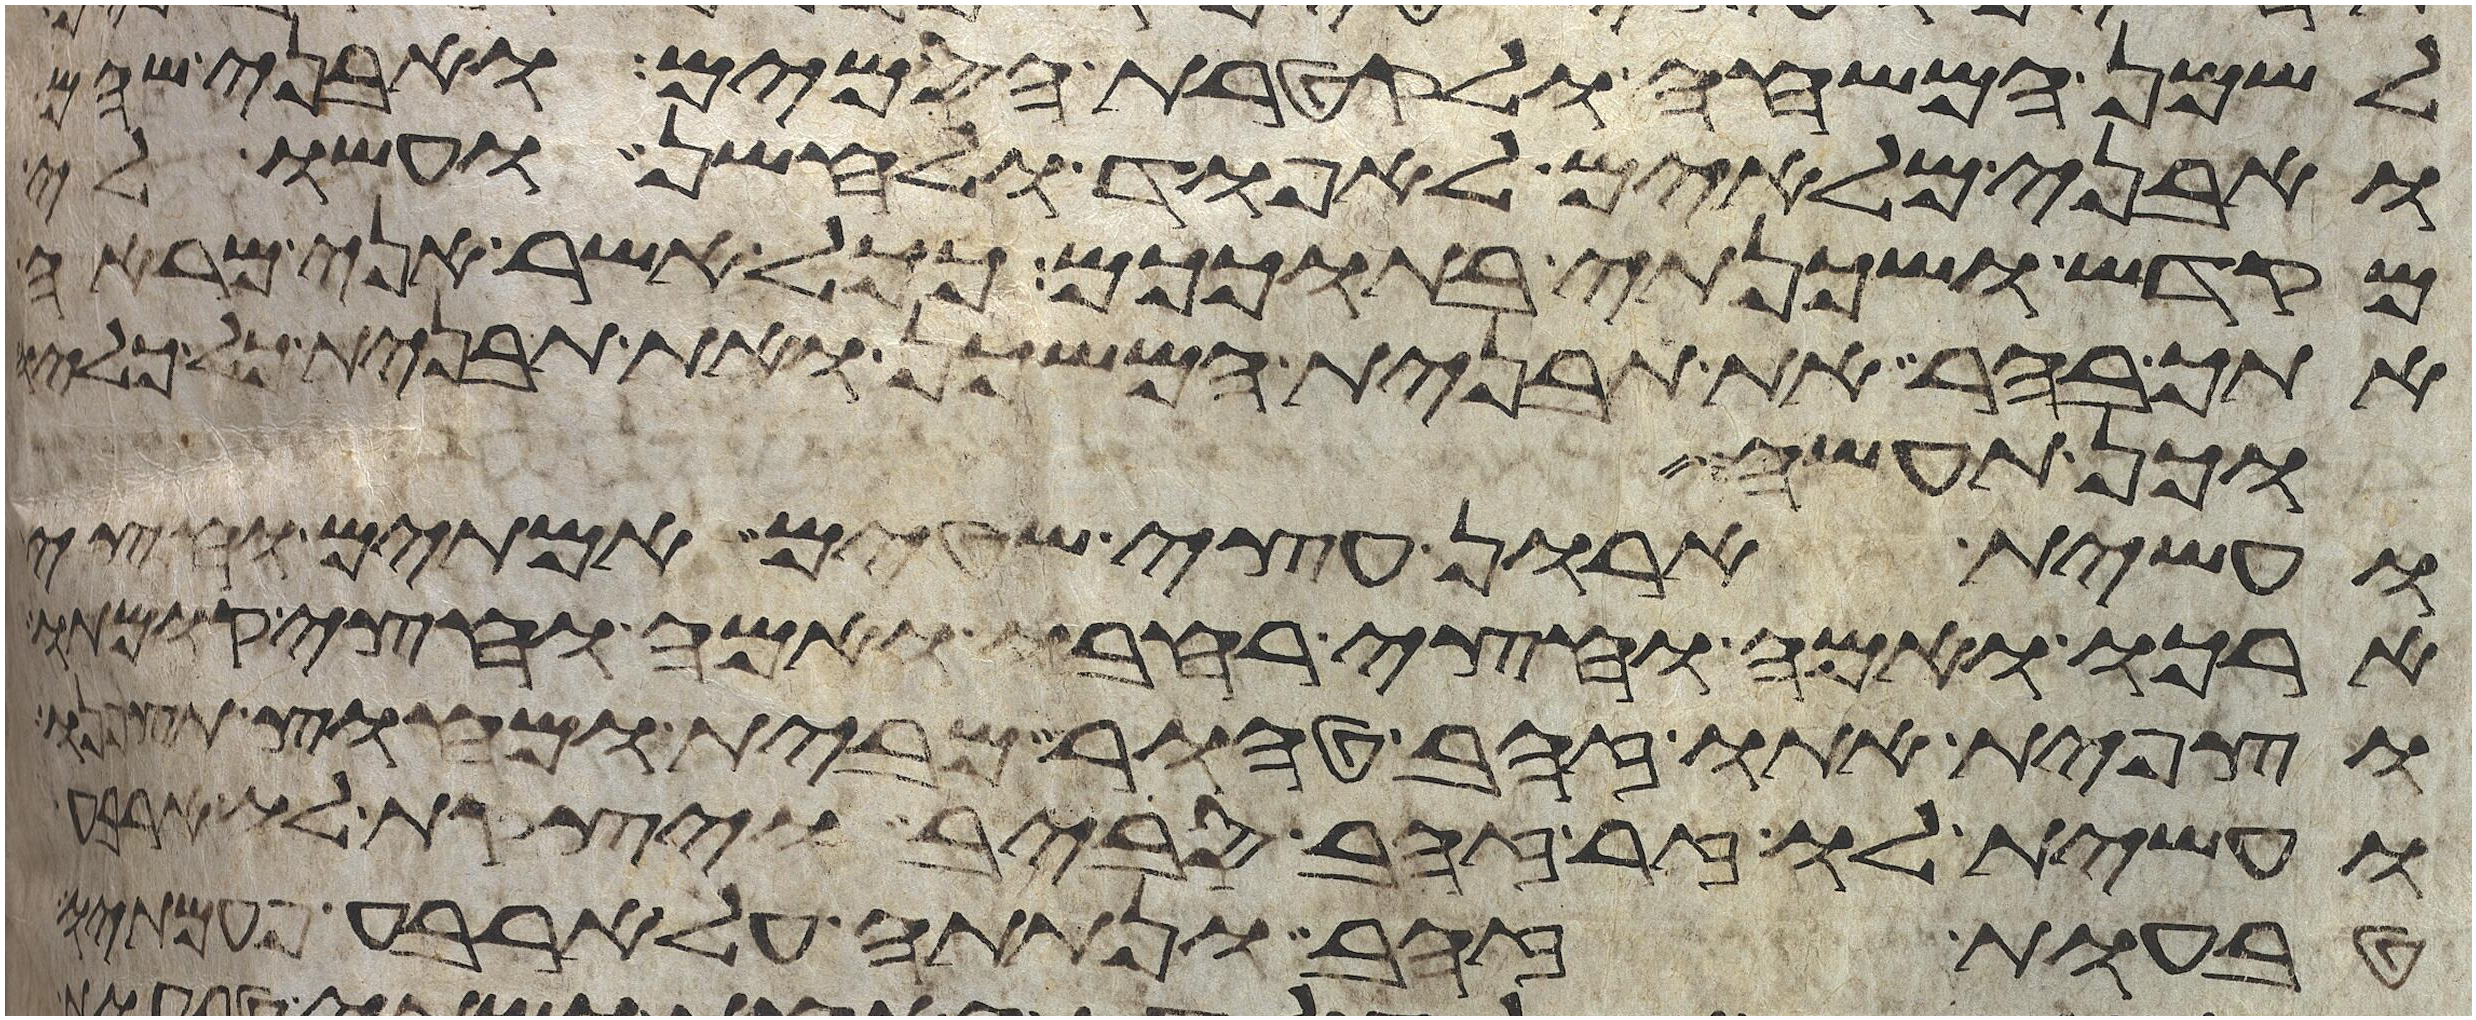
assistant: לשמן המשחה ולקטרת הסמים ואבני שהם
ואבני מלאים לאפוד ולחשן ועשו לי
מקדש ושכנתי בתוככם ככל אשר אני מראה
אתך בהר את תבנית המשכן ואת תבנית כל כליו
וכן תעשה
ועשית ארון עצי שטים אמתים וחצי
ארכו ואמה וחצי רחבו ואמה וחצי קומתו
וצפית אתו זהב טהור מבית ומחוץ
ועשית לו זר זהב סביב ויצקת לו ארבע
טבעות זהב ונתתה על ארבע פעמתיו